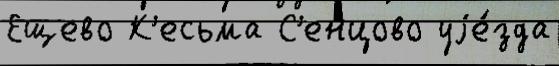
Ещево К'есьма С'енцово уjе́зда